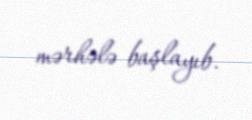
mərhələ başlayıb.